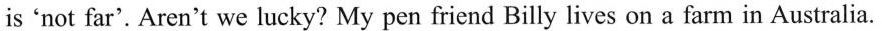
is'not far'. Aren't we lucky? My pen friend Billy lives on a farm in Australia.